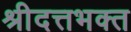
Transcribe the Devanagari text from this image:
श्रीदत्तभक्त